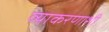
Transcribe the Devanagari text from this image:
व्याकरणाशी